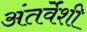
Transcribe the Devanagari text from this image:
अंतर्वेंशी